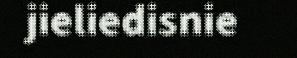
jieliedisnie